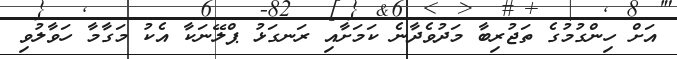
އަށް ހިންގުމުގެ ތަޖުރިބާ މަދުވެދާނެ ކަމަށާއި ރަނގަޅު ޕްލޭނަކާ އެކު މަގާމާ ހަވާލުވި